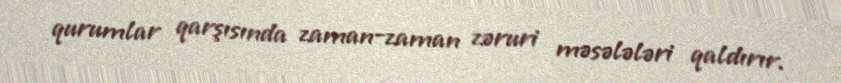
qurumlar qarşısında zaman-zaman zəruri məsələləri qaldırır.